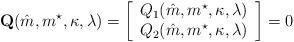
LaTeX: \begin{align*}\mathbf{Q}(\hat{m},m^\star,\kappa, \lambda)= \left[\begin{array}{c} Q_1(\hat{m},m^\star,\kappa,\lambda)\\ Q_2(\hat{m},m^\star,\kappa,\lambda)\\\end{array}\right]=0\end{align*}